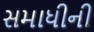
સમાધીની